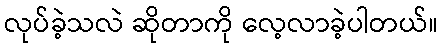
လုပ်ခဲ့သလဲ ဆိုတာကို လေ့လာခဲ့ပါတယ်။